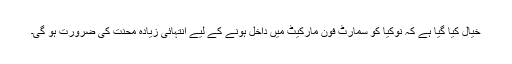
خیال کیا گیا ہے کہ نوکیا کو سمارٹ فون مارکیٹ میں داخل ہونے کے لیے انتہائی زیادہ محنت کی ضرورت ہو گی۔